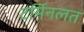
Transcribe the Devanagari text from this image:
टर्मिनलत